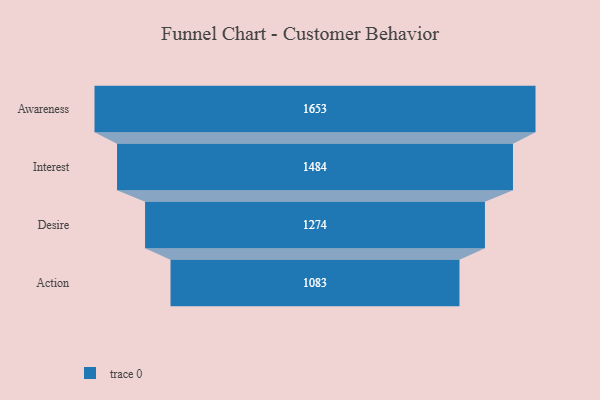
{"axis": {"x": "Stage", "y": "Value"}, "legend": [""], "data": [{"x": "Awareness", "y": 1653.0, "type": ""}, {"x": "Interest", "y": 1484.0, "type": ""}, {"x": "Desire", "y": 1274.0, "type": ""}, {"x": "Action", "y": 1083.0, "type": ""}]}